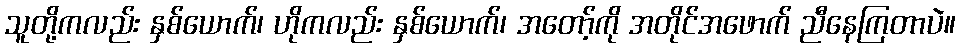
သူတို့ကလည်း နှစ်ယောက်၊ ဟိုကလည်း နှစ်ယောက်၊ အတော့်ကို အတိုင်အဖောက် ညီနေကြတာပဲ။